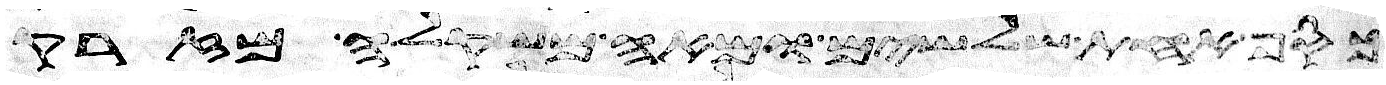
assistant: כסף אחת שלשים ומאה משקלה מזרק